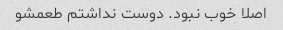
اصلا خوب نبود. دوست نداشتم طعمشو